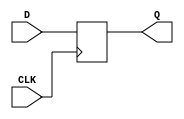
module d_flip_flop (
    input D, // Data input
    input CLK, // Clock input
    output reg Q // Output Q
);

always @ (posedge CLK)
begin
    Q <= D; // Store the value of data input D on the rising edge of the clock
end

endmodule